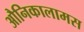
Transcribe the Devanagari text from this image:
औनिकालामस